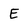
Character: E